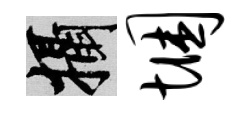
攝悃